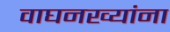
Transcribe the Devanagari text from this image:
वाघनख्यांना